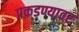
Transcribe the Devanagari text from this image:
पकडण्यावर